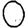
Digit: 0